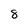
Character: 8